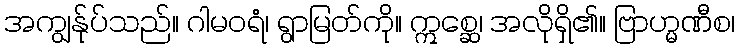
အကျွန်ုပ်သည်။ ဂါမဝရံ၊ ရွာမြတ်ကို။ ဣစ္ဆေ၊ အလိုရှိ၏။ ဗြာဟ္မဏီစ၊